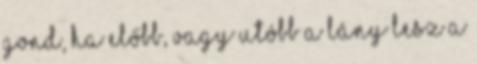
gond, ha előbb, vagy utóbb a lány lesz a